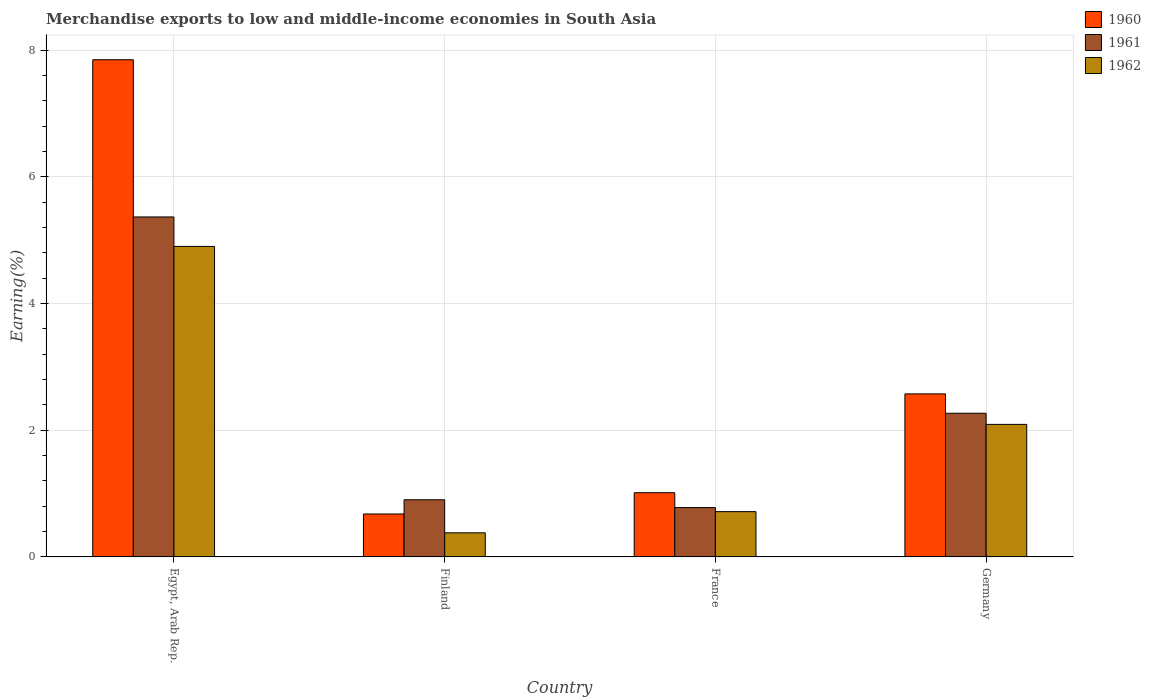
| Country | 1960 | 1961 | 1962 |
 | --- | --- | --- | --- |
 | Egypt, Arab Rep. | 7.85 | 5.37 | 4.9 |
 | Finland | 0.678 | 0.902 | 0.381 |
 | France | 1.01 | 0.779 | 0.715 |
 | Germany | 2.57 | 2.27 | 2.09 |